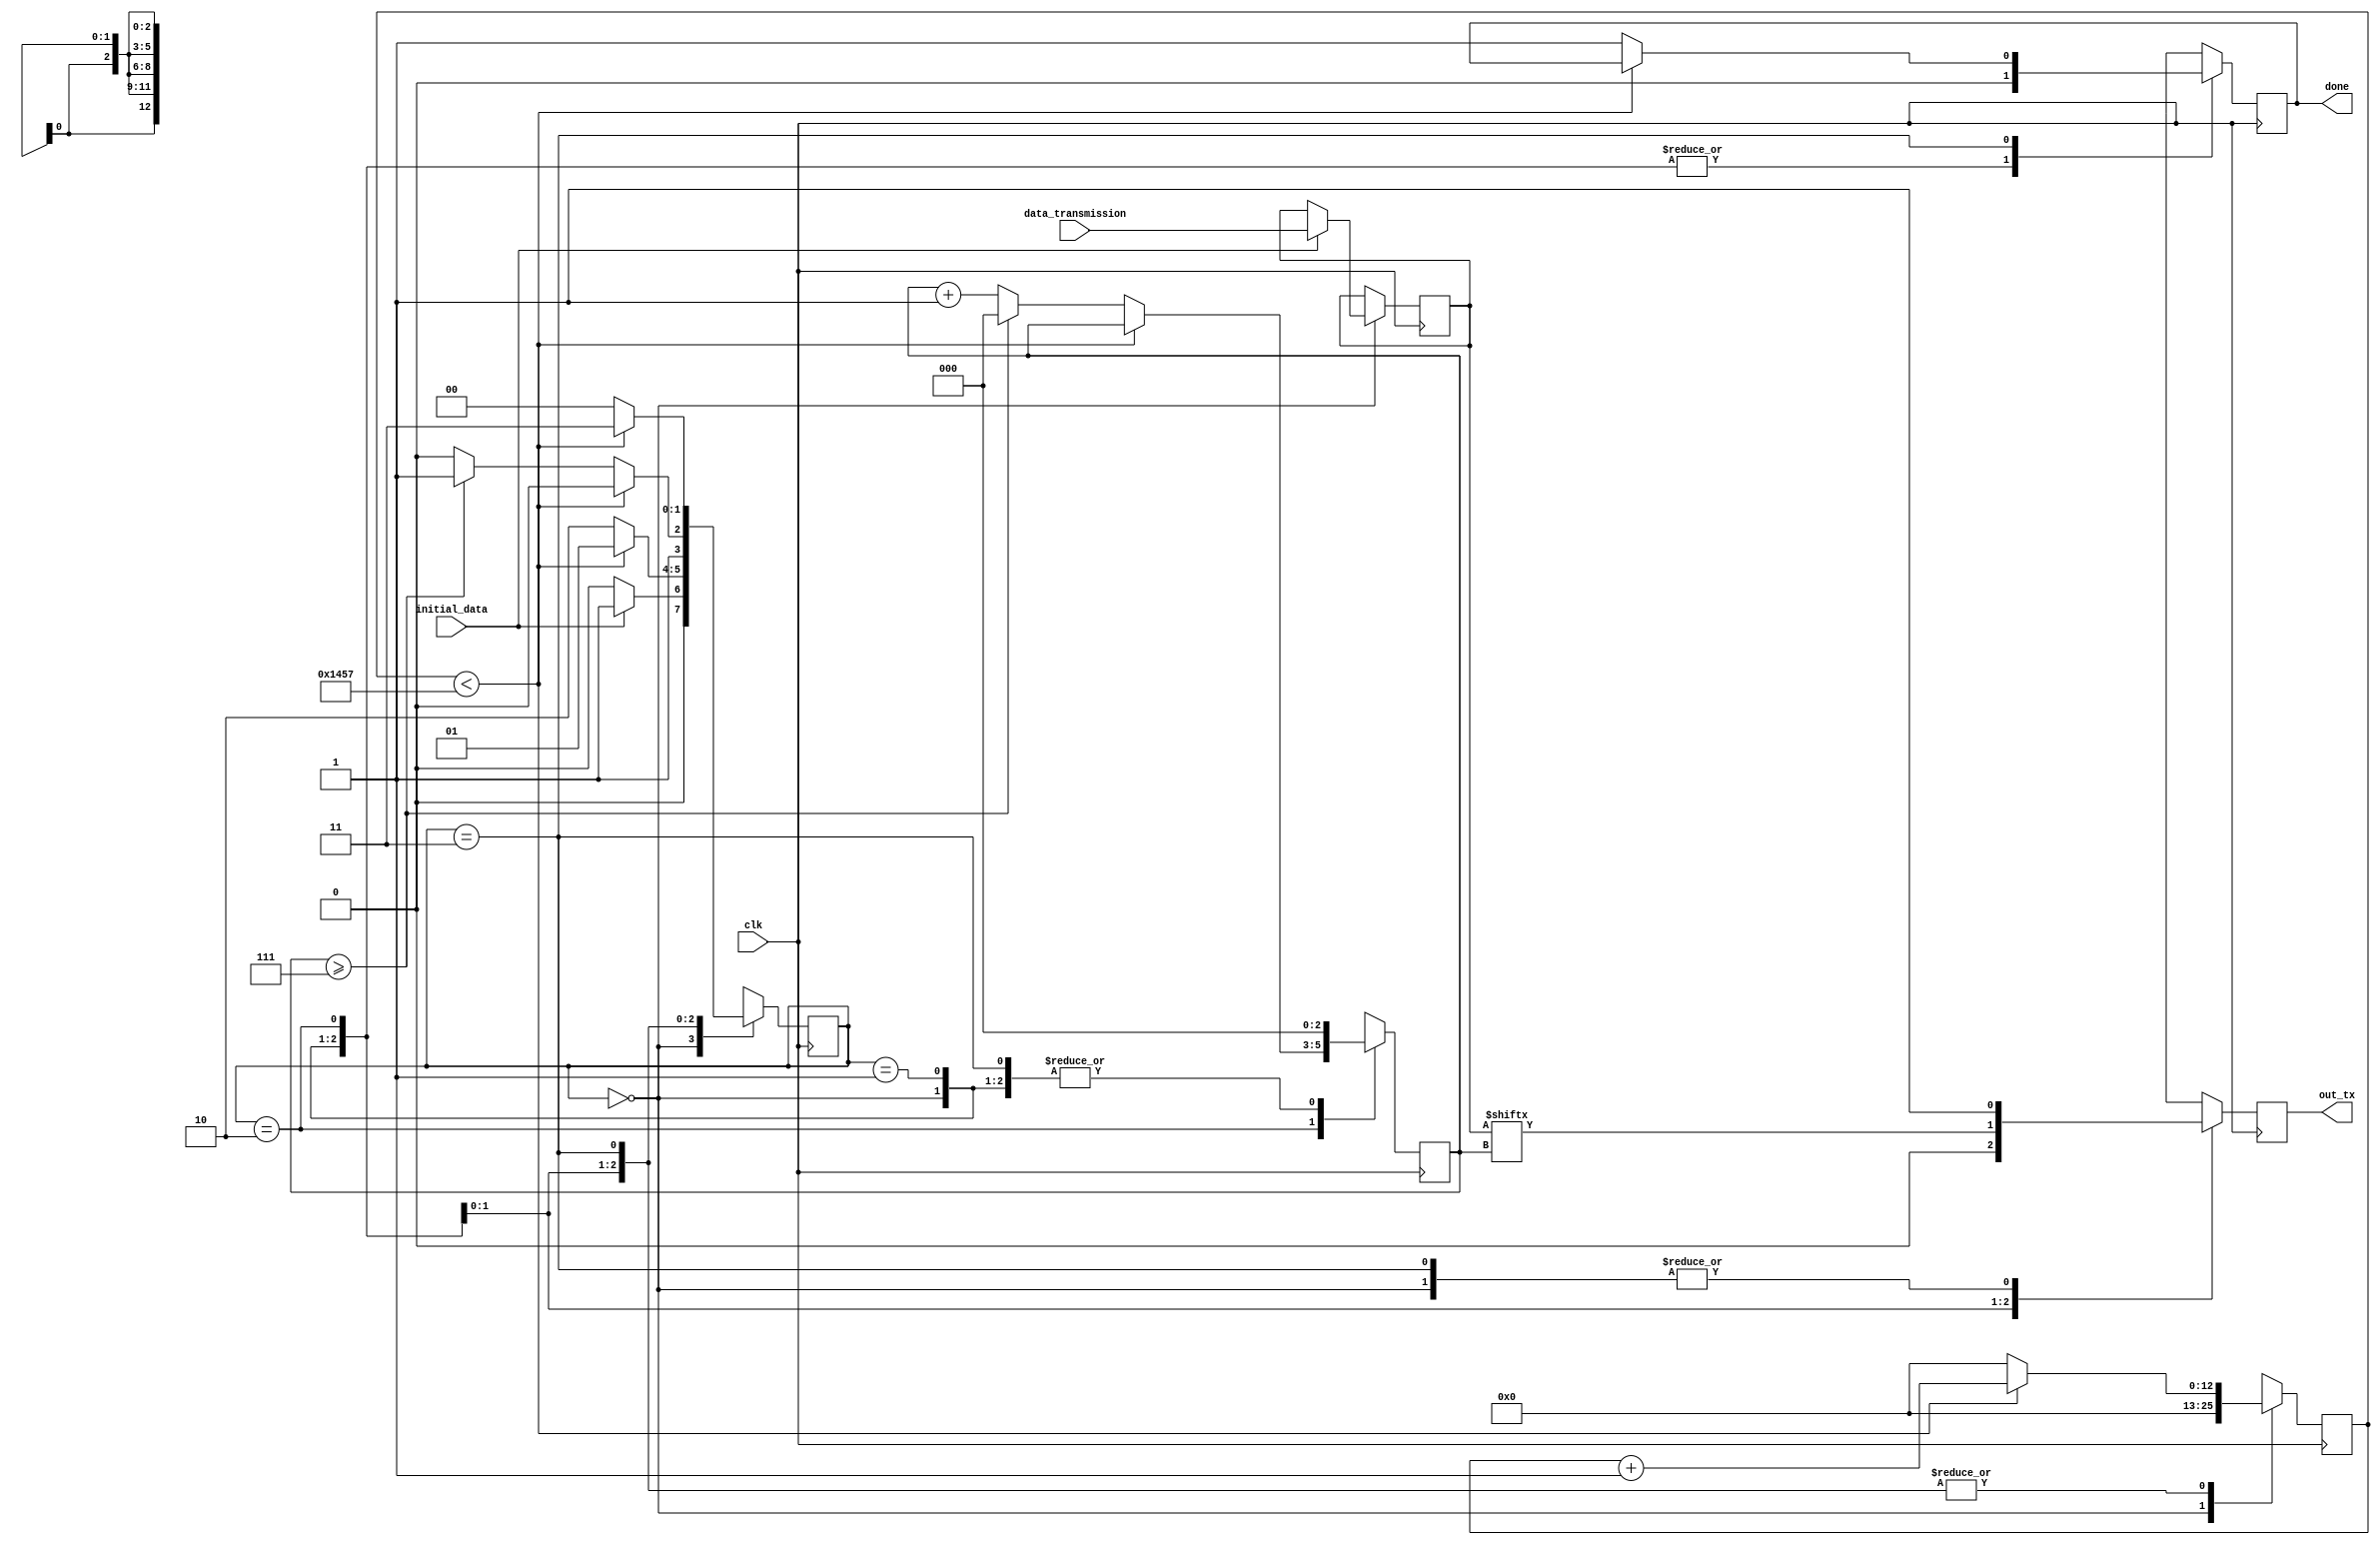
  /*
    Mdulo  responsvel pela transmisso de dados atravs de uma porta UART.
    Ele opera em quatro estados: IDLE, START, DATA e STOP.
    Durante a transmisso, ele envia os bits de dados com a taxa de baud especificada.
    (50,000,000 / 9,600 = 5208)
    */
module uart_tx #(
    parameter CLKS_PER_BIT = 5208
) (
    input        clk,
    input        initial_data,
    input  [7:0] data_transmission,
    output reg   out_tx,
    output reg   done
);

    //  ESTADOS DA MQUINA DE ESTADOS DA UART 
    localparam IDLE  = 2'b00,
               START = 2'b01,
               DATA  = 2'b10,
               STOP  = 2'b11;

    //  REGISTRADORES INTERNOS 
    reg [1:0]  state = 0;
    reg [12:0] counter = 0;
    reg [2:0]  bit_index = 0;
    reg [7:0]  data_bit = 0;


    //  Lgica de transio de estados 
    always @(posedge clk) begin
        case (state)
            // ESPERA:
            // Inicializa as variveis e espera por dados a serem enviados.
            IDLE: begin
                out_tx    = 1;
                done      = 0;
                counter   = 0;
                bit_index = 0;

                // Verifica se h dados a serem enviados.
                if (initial_data == 1) begin

                    data_bit  <= data_transmission;
                    state <= START;
                end
                else begin
                    state <= IDLE;
                end
            end
            //Estado de incio da transmisso:
            // Inicializa as variveis e envia o bit de start.
            START: begin

                out_tx <= 0;
                done <= 0;
                bit_index = 0;

                if (counter < CLKS_PER_BIT - 1) begin
                    counter <= counter + 13'b1;
                    state <= START;
                end
                else begin
                    counter <= 0;
                    state <= DATA;
                end
            end
            // Estado de transmisso de dados:
            // Envia os bits de dados.
            DATA: begin

                done <= 0;
                out_tx <= data_bit[bit_index];

                if (counter < CLKS_PER_BIT - 1) begin
                    counter <= counter + 13'b1;
                    state <= DATA;
                end
                else begin
                    counter <= 13'd0;
                    if (bit_index >= 7) begin
                        bit_index <= 0;
                        state <= STOP;
                    end
                    else begin
                        bit_index <= bit_index + 1'b1;
                        state <= DATA;
                    end
                end
            end
            // Estado de parada da transmisso:
            // Envia o bit de stop e conclui a transmisso.
            STOP: begin
                out_tx <= 1;
                bit_index = 0;

                if (counter < CLKS_PER_BIT - 1) begin
                    counter <= counter + 13'b1;
                    state <= STOP;
                end
                else begin
                    done <= 1;
                    state <= IDLE;

                    counter <= 0;
                end
            end
            // Estado padro (caso de erro):
            // Retorna ao estado de ociosidade e limpa variveis.
            default: begin
                state <= IDLE;
                out_tx = 1;
                done = 0;
                counter = 0;
                bit_index = 0;
                end
        endcase
    end

endmodule